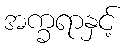
အက္ခရာနှင့်